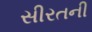
સીરતની